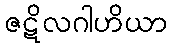
ဇဋိလဂါဟိယာ